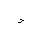
Letter: _thal